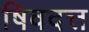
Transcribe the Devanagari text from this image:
षिवदत्त